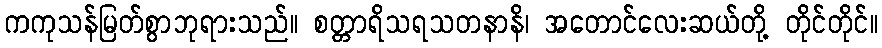
ကကုသန်မြတ်စွာဘုရားသည်။ စတ္တာရိသရသတနာနိ၊ အတောင်လေးဆယ်တို့ တိုင်တိုင်။